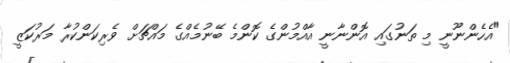
"އެހެންނޫނީ މި ތަނުގައި އޮންނާނީ އާއްމުންގެ ކޮންމެ ބޭނުމެއްގެ މައްޗަށް ވެރިކަންކުރާ މަރުކަޒީ